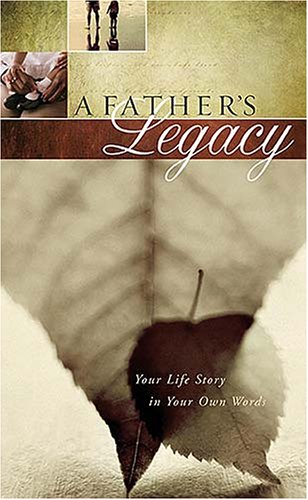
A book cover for A Father's Legacy: Your Life Story in Your Own Words; Thomas Nelson; Parenting & Relationships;